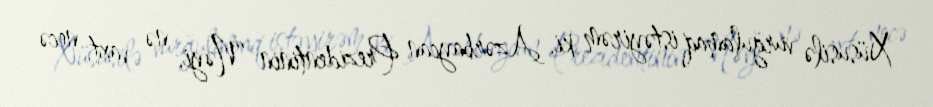
Xüsusilə vurğulamaq istəyirəm ki, Azərbaycan Prezidentinin “Nəyi, nə vaxt, necə